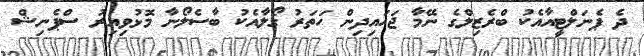
ދެ ޕެނަލްޓީއާއެކު ބްރެޒިލްގެ ނޭމާ ޖަހައިދިން ހަތަރު ގޯލާއެކު ބާސެލޯނާ މޮޅުވިއިރު ސްޕެނިޝް